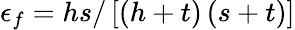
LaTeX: \epsilon_{f}=hs/\left[\left(h+t\right)\left(s+t\right)\right]